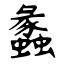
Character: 蠡